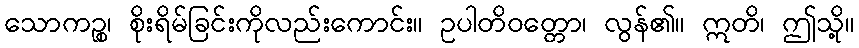
သောကဉ္စ၊ စိုးရိမ်ခြင်းကိုလည်းကောင်း။ ဥပါတိဝတ္တော၊ လွန်၏။ ဣတိ၊ ဤသို့။